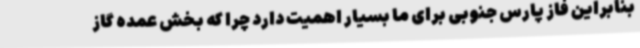
بنابراین فاز پارس جنوبی برای ما بسیار اهمیت دارد چرا که بخش عمده گاز